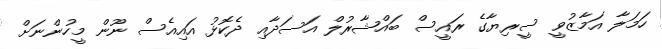
ހަމަލާ އަމާޒުވީ ސީރިޔާގެ ރައީސް ބައްޝާރުލް އަސަދާއި ދެކޮޅު އައިއެސް ނޫން މީހުންނަށް